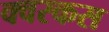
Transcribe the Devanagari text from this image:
क्वरकस